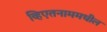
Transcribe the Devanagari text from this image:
व्हिएतनाममधील